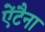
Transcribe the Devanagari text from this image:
ऐंटैना